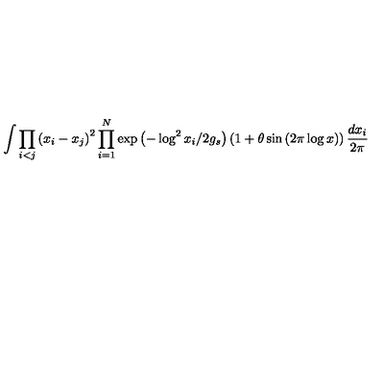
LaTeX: \int \prod _ { i < j } \left( x _ { i } - x _ { j } \right) ^ { 2 } \prod _ { i = 1 } ^ { N } \exp \left( - \log ^ { 2 } x _ { i } / 2 g _ { s } \right) \left( 1 + \theta \sin \left( 2 \pi \log x \right) \right) \frac { d x _ { i } } { 2 \pi }